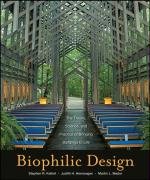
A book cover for Biophilic Design: The Theory, Science, and Practice of Bringing Buildings to Life; Stephen R. Kellert; Arts & Photography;